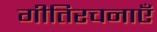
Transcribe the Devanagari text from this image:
गीतिरचनाएँ